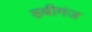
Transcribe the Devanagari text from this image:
हबीगंज